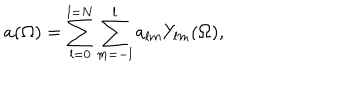
a ( \Omega ) = \sum _ { l = 0 } ^ { l = N } \sum _ { m = - l } ^ { l } a _ { l m } Y _ { l m } ( \Omega ) ,